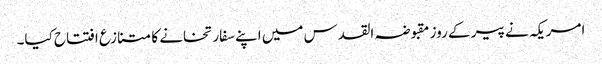
امریکہ نے پیر کے روز مقبوضہ القدس میں اپنے سفارتخانے کا متنازع افتتاح کیا۔